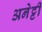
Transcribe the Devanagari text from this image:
अनेट्टी